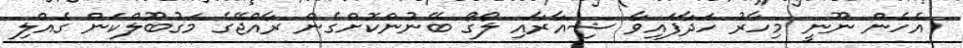
އެހެން ނޫނީ މިހާރު ހަދާފައިވާ ޝިއާރާއި ލޯގޯ ބޭނުންކޮށްގެން ރާއްޖޭގެ މަގުބޫލްކަން ގެއްލި